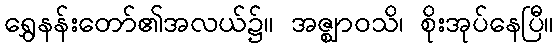
ရွှေနန်းတော်၏အလယ်၌။ အဇ္ဈာဝသိ၊ စိုးအုပ်နေပြီ။